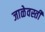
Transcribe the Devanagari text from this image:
जाळेवस्ती